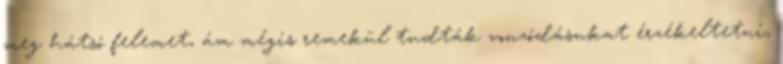
meg hátsó felemet, ám mégis remekül tudták vonzódásukat érzékeltetni,